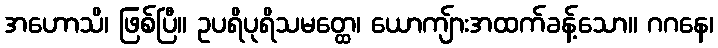
အဟောသိ၊ ဖြစ်ပြီ။ ဥပရိပုရိသမတ္ထေ၊ ယောကျ်ားအထက်ခန့်သော။ ဂဂနေ၊